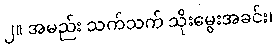
၂။ အမည်း သက်သက် သိုးမွေးအခင်း၊